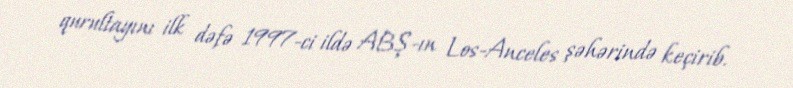
qurultayını ilk dəfə 1997-ci ildə ABŞ-ın Los-Anceles şəhərində keçirib.